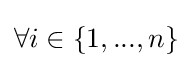
\forall {i}\in \{1,...,n\}